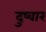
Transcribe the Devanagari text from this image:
दुष्वार